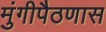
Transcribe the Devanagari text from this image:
मुंगीपैठणास